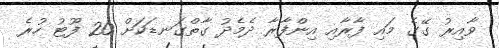
ވާއިރު ގޭގެ މައި ފާރާއި އިންފާރާ ދެމެދު ގާތްގަނޑަކަށް 20 ފޫޓު ހުރެ